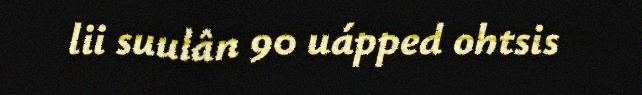
lii suulân 90 uápped ohtsis